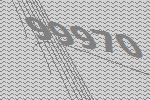
99970